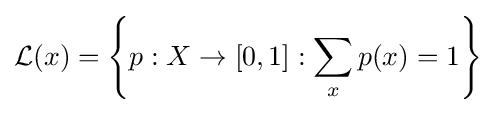
{\mathcal {L}}(x)=\left\{p:X\to [0,1]:\sum _{x}p(x)=1\right\}